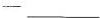
—___